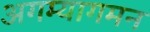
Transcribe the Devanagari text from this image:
अगम्यागमन